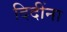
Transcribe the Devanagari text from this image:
दिदींना